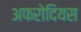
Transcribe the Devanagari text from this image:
अफरोदियस